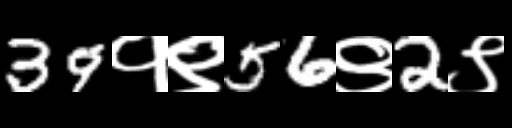
Text: 39१९56९2९